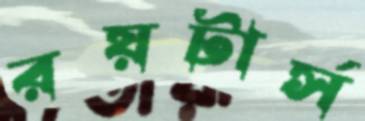
রয়টার্স